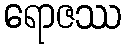
ရောဇဿ